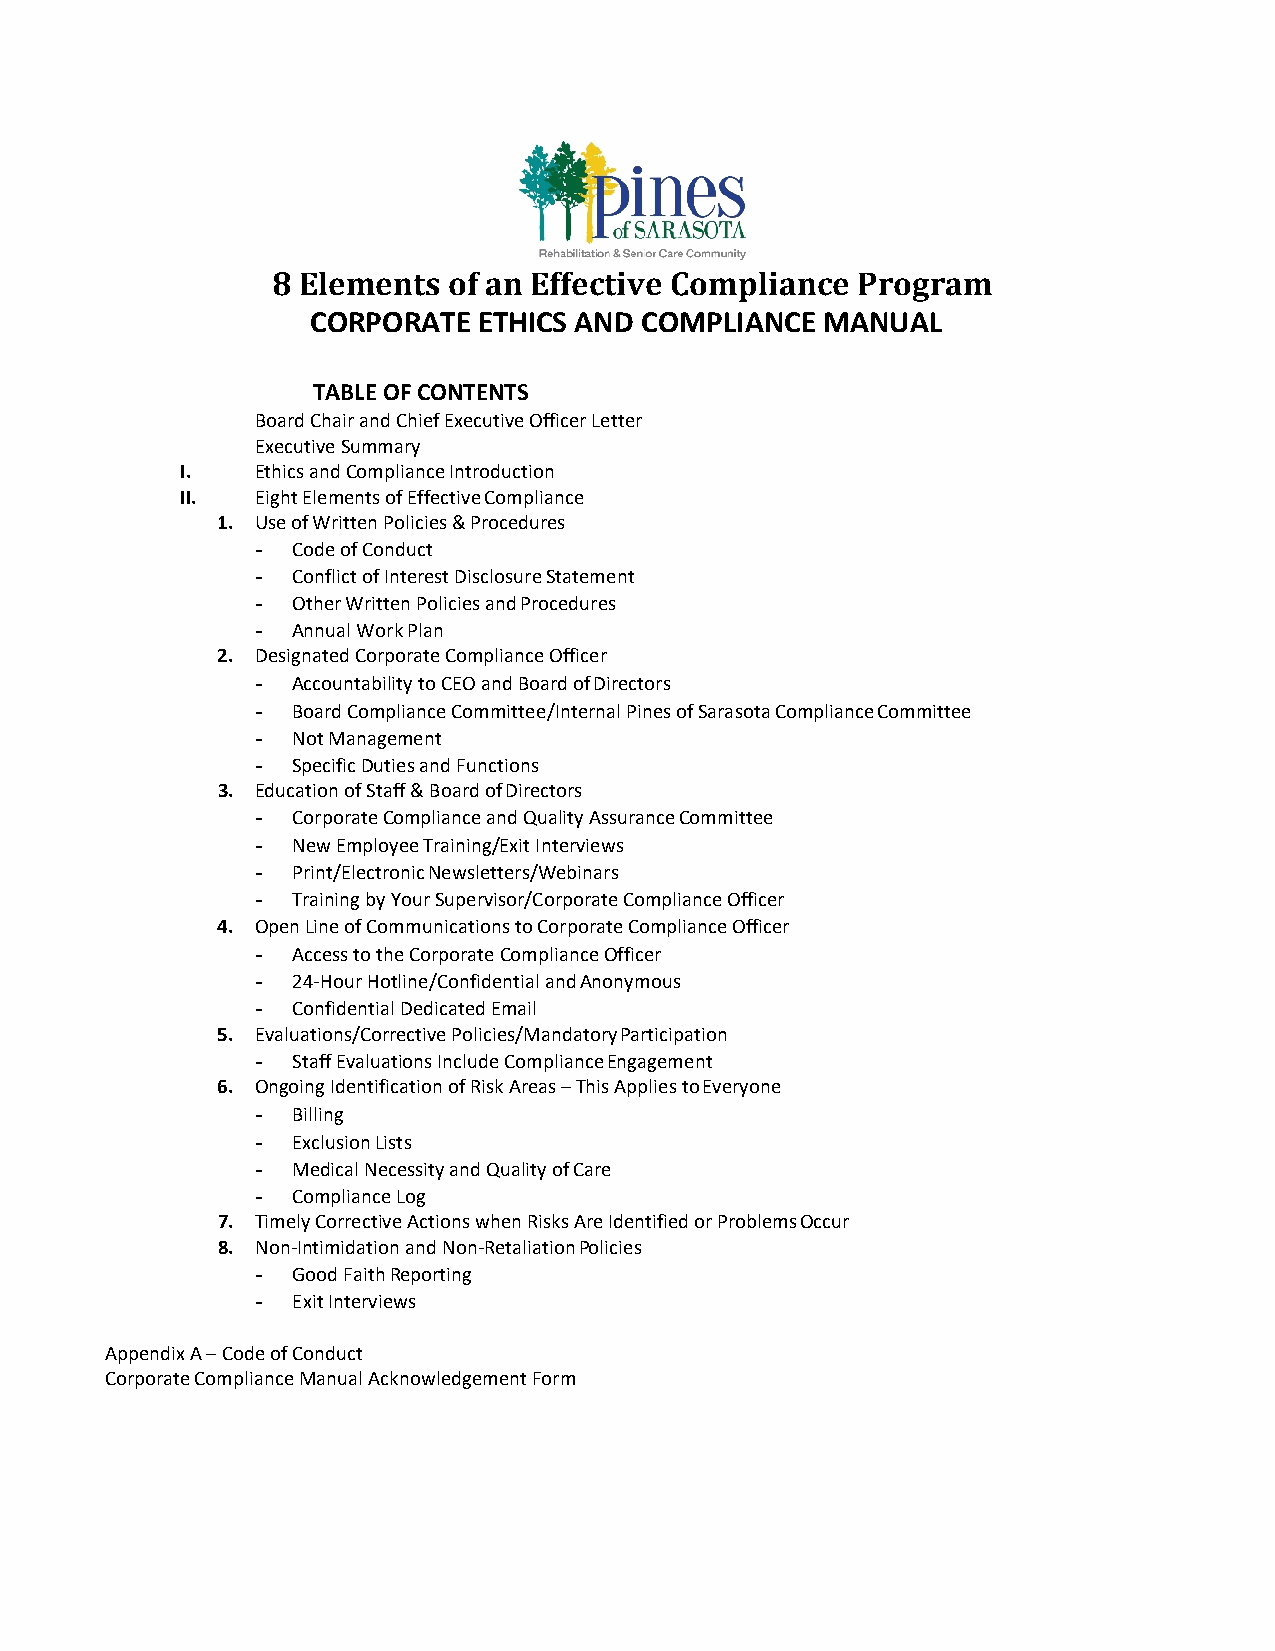
8 Elements  of an Effective Compliance Program
 CORPORATE  ETHICS AND COMPLIANCE MANUAL
 TABLE OF CONTENTS
 Board Chair and Chief Executive Officer Letter
 Executive Summary
 I.   Ethics and Compliance Introduction
 II.  Eight Elements of Effective Compliance
 1. Use of Written Policies & Procedures
 - Code of Conduct
 - Conflict of Interest Disclosure Statement
 - Other Written Policies and Procedures
 - Annual Work Plan
 2. Designated Corporate Compliance Officer
 - Accountability to CEO and Board of Directors
 - Board Compliance Committee/Internal Pines of Sarasota Compliance Committee
 - Not Management
 - Specific Duties and Functions
 3. Education of Staff & Board of Directors
 - Corporate Compliance and Quality Assurance Committee
 - New Employee Training/Exit Interviews
 - Print/Electronic Newsletters/Webinars
 - Training by Your Supervisor/Corporate Compliance Officer
 4. Open Line of Communications to Corporate Compliance Officer
 - Access to the Corporate Compliance Officer
 - 24-Hour Hotline/Confidential and Anonymous
 - Confidential Dedicated Email
 5. Evaluations/Corrective Policies/Mandatory Participation
 - Staff Evaluations Include Compliance Engagement
 6. Ongoing Identification of Risk Areas – This Applies to Everyone
 - Billing
 - Exclusion Lists
 - Medical Necessity and Quality of Care
 - Compliance Log
 7. Timely Corrective Actions when Risks Are Identified or Problems Occur
 8. Non-Intimidation and Non-Retaliation Policies
 - Good Faith Reporting
 - Exit Interviews
 Appendix A – Code of Conduct
 Corporate Compliance Manual Acknowledgement Form